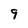
Character: 9